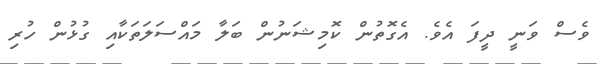
ވެސް ވަނީ ދީފަ އެވެ. އެގޮތުން ކޮމިޝަނުން ބަލާ މައްސަލަތަކާއި ގުޅުން ހުރި